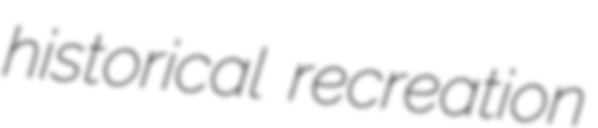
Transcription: historical recreation